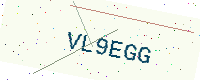
Text: VL9EGG